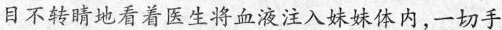
目不转睛地看着医生将血液注入妹妹体内，一切手